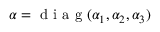
\boldsymbol { \alpha } = \mathrm { ~ d ~ i ~ a ~ g ~ } ( \alpha _ { 1 } , \alpha _ { 2 } , \alpha _ { 3 } )